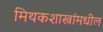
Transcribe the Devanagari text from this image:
मिथकशास्त्रांमधील